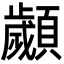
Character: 顪